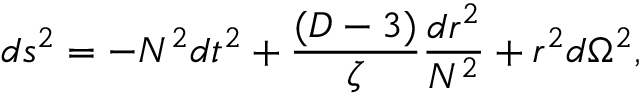
d s ^ { 2 } = - N ^ { 2 } d t ^ { 2 } + \frac { ( D - 3 ) } { \zeta } \frac { d r ^ { 2 } } { N ^ { 2 } } + r ^ { 2 } d \Omega ^ { 2 } ,